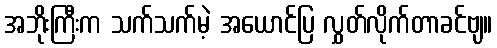
အဘိုးကြီးက သက်သက်မဲ့ အယောင်ပြ လွှတ်လိုက်တာခင်ဗျ။